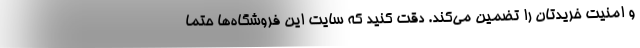
و امنیت خریدتان را تضمین می‌کند. دقت کنید که سایت این فروشگاه‌ها حتماً